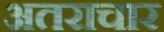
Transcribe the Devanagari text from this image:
अतराचार